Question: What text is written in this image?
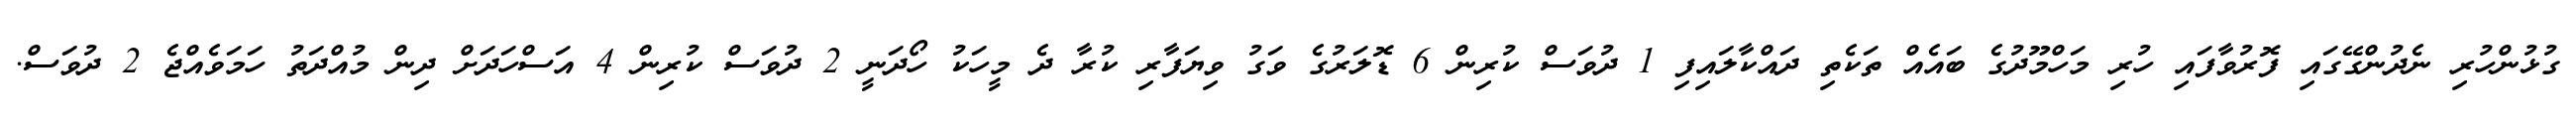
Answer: ގުޅުންހުރި ނެދުންގޭގައި ފޮރުވާފައި ހުރި މަހްމޫދުގެ ބައެއް ތަކެތި ދައްކާލައިފި 1 ދުވަސް ކުރިން 6 ޑޮލަރުގެ ވަގު ވިޔަފާރި ކުރާ ދެ މީހަކު ހޯދަނީ 2 ދުވަސް ކުރިން 4 އަސްހަދަށް ދިން މުއްދަތު ހަމަވެއްޖެ 2 ދުވަސް.